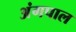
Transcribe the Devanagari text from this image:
अंगपाल